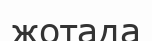
жотада